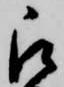
被